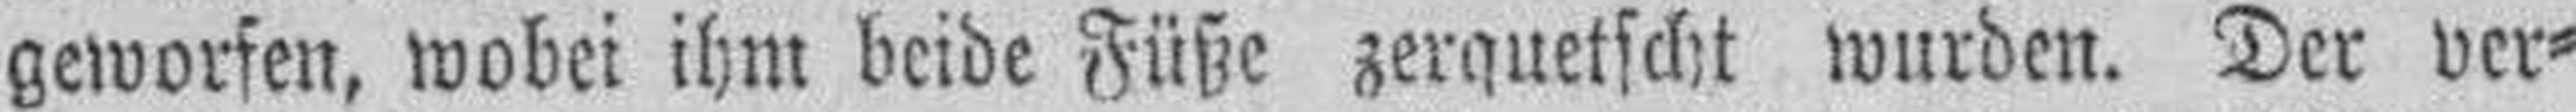
geworfen, wobei ihm beide Füße zerquetscht wurden. Der ver¬